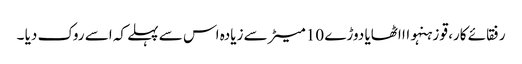
رفقائے کار، قو زہنہواا اٹھایا دوڑے 10 میٹر سے زیادہ اس سے پہلے کہ اسے روک دیا ۔